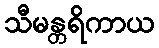
သီမန္တရိကာယ